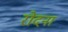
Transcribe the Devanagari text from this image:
रोदना